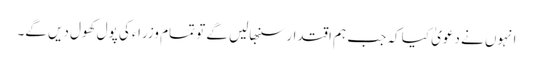
انہوں نے دعویٰ کیا کہ جب ہم اقتدار سنبھالیں گے تو تمام وزراء کی پول کھول دیں گے۔